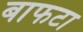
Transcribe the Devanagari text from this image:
बाफटा